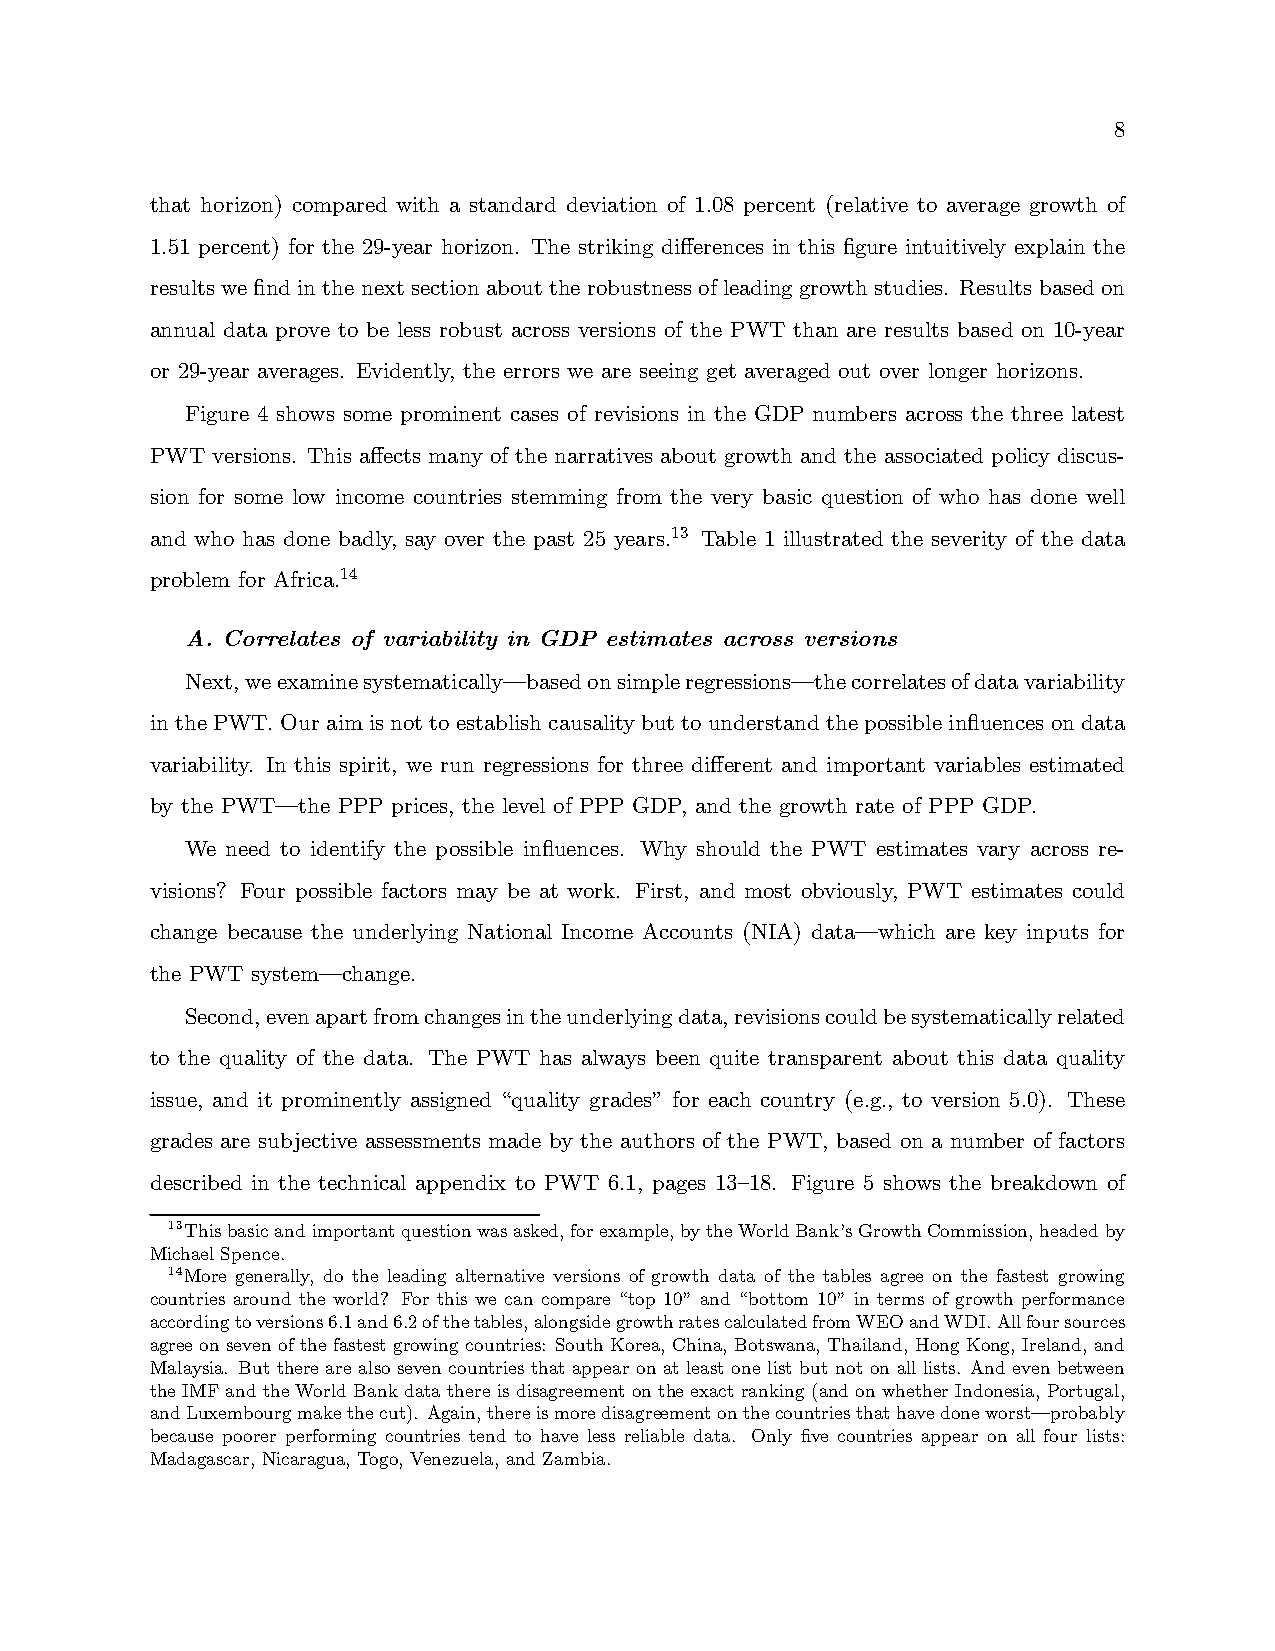
8
 that horizon) compared with a standard deviation of 1.08 percent (relative to average growth of
 1.51 percent) for the 29-year horizon. The striking differences in this figure intuitively explain the
 results we find in the next section about the robustness of leading growth studies. Results based on
 annual data prove to be less robust across versions of the PWT than are results based on 10-year
 or 29-year averages. Evidently, the errors we are seeing get averaged out over longer horizons.
 Figure 4 shows some prominent cases of revisions in the GDP numbers across the three latest
 PWT versions. This affects many of the narratives about growth and the associated policy discus-
 sion for some low income countries stemming from the very basic question of who has done well
 and who has done badly, say over the past 25 years.13 Table 1 illustrated the severity of the data
 problem for Africa.14
 A. Correlates of variability in GDP estimates across versions
 Next,weexaminesystematically–basedonsimpleregressions–thecorrelatesofdatavariability
 in thePWT.Ouraimisnottoestablishcausalitybuttounderstandthepossibleinfluencesondata
 variability. In this spirit, we run regressions for three different and important variables estimated
 by the PWT–the PPP prices, the level of PPP GDP, and the growth rate of PPP GDP.
 We need to identify the possible influences. Why should the PWT estimates vary across re-
 visions? Four possible factors may be at work. First, and most obviously, PWT estimates could
 change because the underlying National Income Accounts (NIA) data–which are key inputs for
 the PWT system–change.
 Second,evenapartfromchangesintheunderlyingdata,revisionscouldbesystematicallyrelated
 to the quality of the data. The PWT has always been quite transparent about this data quality
 issue, and it prominently assigned “quality grades” for each country (e.g., to version 5.0). These
 grades are subjective assessments made by the authors of the PWT, based on a number of factors
 described in the technical appendix to PWT 6.1, pages 13—18. Figure 5 shows the breakdown of
 13Thisbasicandimportantquestionwasasked,forexample,bytheWorldBank’sGrowthCommission,headedby
 Michael Spence.
 14More generally, do the leading alternative versions of growth data of the tables agree on the fastest growing
 countries around the world? For this we can compare “top 10” and “bottom 10” in terms of growth performance
 accordingtoversions6.1and6.2ofthetables,alongsidegrowthratescalculatedfromWEOandWDI.Allfoursources
 agree on seven of the fastest growing countries: South Korea, China, Botswana, Thailand, Hong Kong, Ireland, and
 Malaysia. But there are also seven countries that appear on at least one list but not on all lists. And even between
 the IMF and the World Bank data there is disagreement on the exact ranking (and on whether Indonesia, Portugal,
 andLuxembourgmakethecut). Again,thereismoredisagreementonthecountriesthathavedoneworst–probably
 because poorer performing countries tend to have less reliable data. Only five countries appear on all four lists:
 Madagascar, Nicaragua, Togo, Venezuela, and Zambia.